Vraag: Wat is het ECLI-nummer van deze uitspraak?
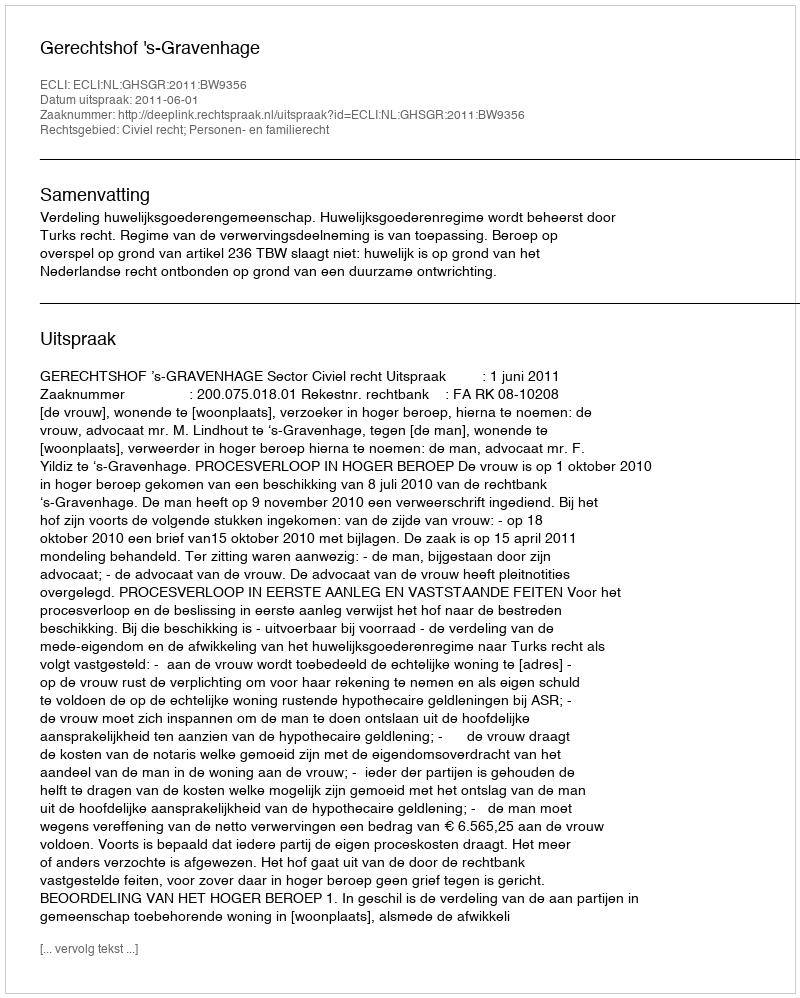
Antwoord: ECLI:NL:GHSGR:2011:BW9356